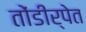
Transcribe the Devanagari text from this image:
तोंडीर्पेत